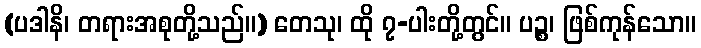
(ပဒါနိ၊ တရားအစုတို့သည်။) တေသု၊ ထို ၇-ပါးတို့တွင်။ ပဉ္စ၊ ဖြစ်ကုန်သော။